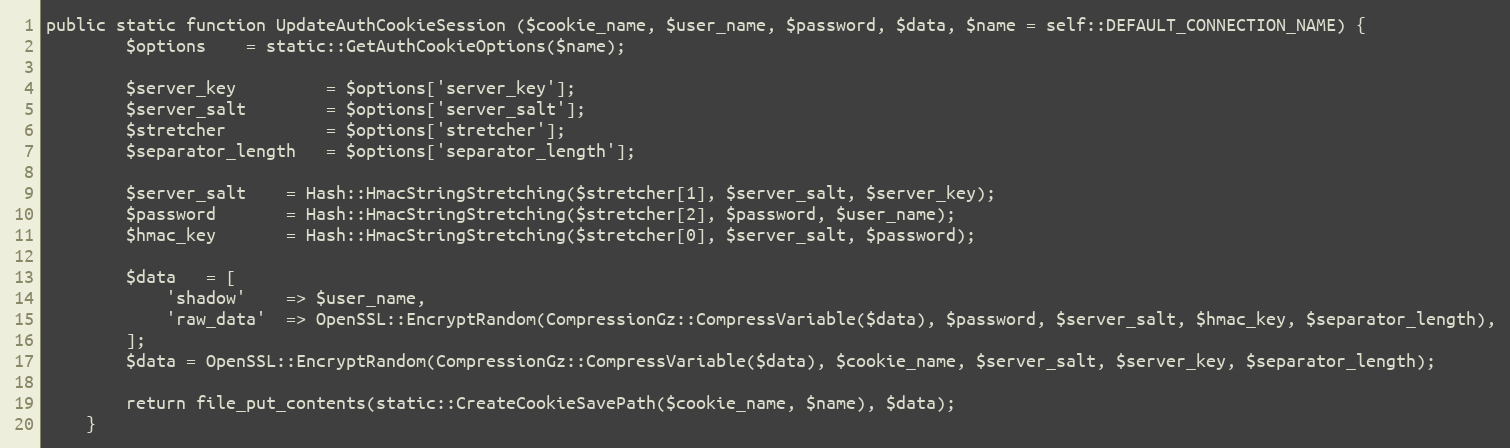
Language: PHP
public static function UpdateAuthCookieSession ($cookie_name, $user_name, $password, $data, $name = self::DEFAULT_CONNECTION_NAME) {
		$options	= static::GetAuthCookieOptions($name);

		$server_key			= $options['server_key'];
		$server_salt		= $options['server_salt'];
		$stretcher			= $options['stretcher'];
		$separator_length	= $options['separator_length'];

		$server_salt	= Hash::HmacStringStretching($stretcher[1], $server_salt, $server_key);
		$password		= Hash::HmacStringStretching($stretcher[2], $password, $user_name);
		$hmac_key		= Hash::HmacStringStretching($stretcher[0], $server_salt, $password);

		$data	= [
			'shadow'	=> $user_name,
			'raw_data'	=> OpenSSL::EncryptRandom(CompressionGz::CompressVariable($data), $password, $server_salt, $hmac_key, $separator_length),
		];
		$data = OpenSSL::EncryptRandom(CompressionGz::CompressVariable($data), $cookie_name, $server_salt, $server_key, $separator_length);

		return file_put_contents(static::CreateCookieSavePath($cookie_name, $name), $data);
	}